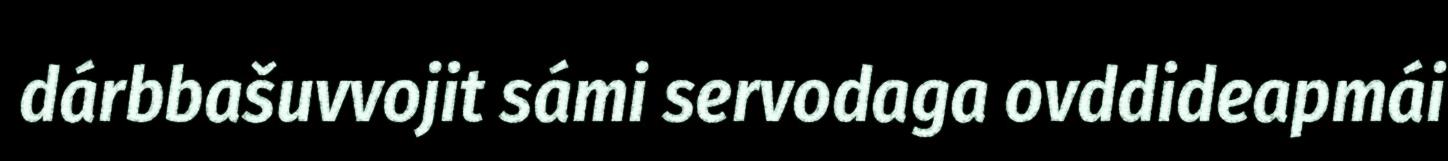
dárbbašuvvojit sámi servodaga ovddideapmái